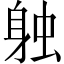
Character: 𫏪